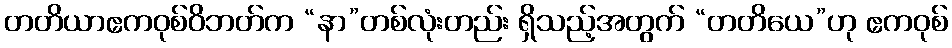
တတိယာဧကဝုစ်ဝိဘတ်က “နာ”တစ်လုံးတည်း ရှိသည့်အတွက် “တတိယေ”ဟု ဧကဝုစ်